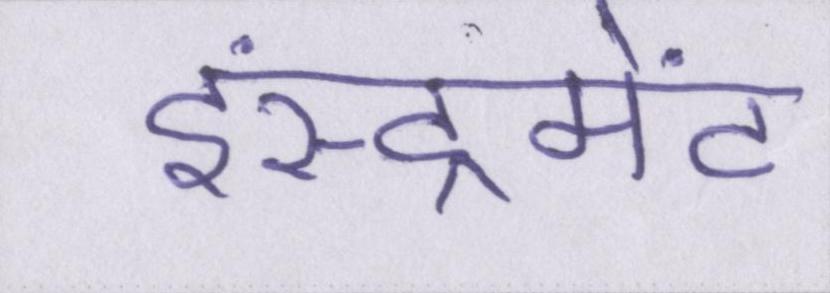
इंस्ट्रूमेंट